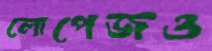
লোপেজও